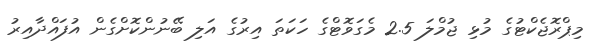
މިޕްރޮޖެކްޓުގެ މުޅި ޖުމްލަ 2.5 މެގަވޮޓްގެ ހަކަތަ އިރުގެ އަލި ބޭނުންކޮށްގެން އުފައްދާއިރު